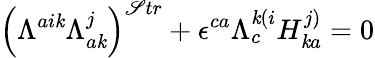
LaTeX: \left(\Lambda^{ai\mathit{k}}\Lambda_{a\mathit{k}}^{j}\right)^{\mathscr{S}tr}+\epsilon^{ca}\Lambda_{c}^{\mathit{k}(i}H_{\mathit{k}a}^{j)}=0